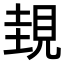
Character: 𧠹